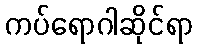
ကပ်ရောဂါဆိုင်ရာ